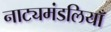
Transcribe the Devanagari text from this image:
नाट्यमंडलियाँ